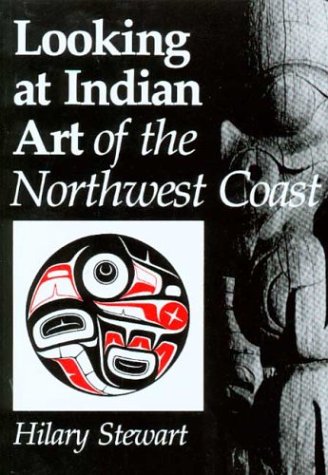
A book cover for Looking at Indian Art of the Northwest Coast; Hilary Stewart; Arts & Photography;